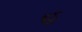
હ